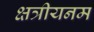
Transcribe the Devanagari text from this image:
क्षत्रीयनम